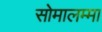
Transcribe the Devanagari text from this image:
सोमालम्मा